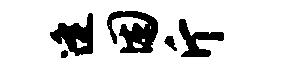
逄困斤